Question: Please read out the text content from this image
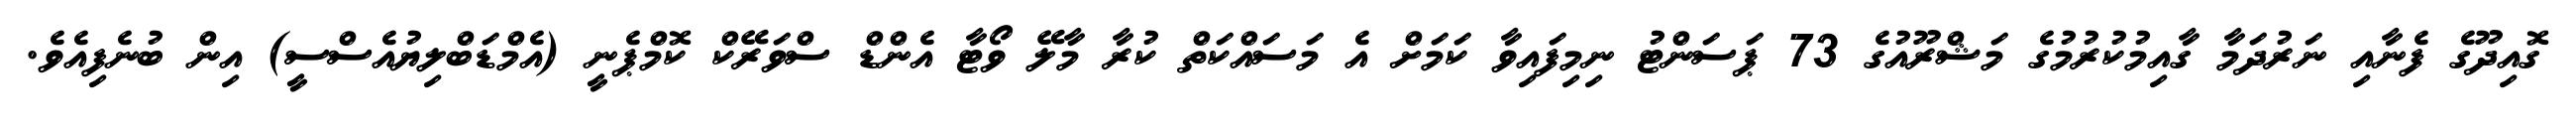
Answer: ގޮއިދޫގެ ފެނާއި ނަރުދަމާ ގާއިމުކުރުމުގެ މަޝްރޫއުގެ 73 ޕަސަންޓު ނިމިފައިވާ ކަމަށް އެ މަސައްކަތް ކުރާ މާލޭ ވޯޓާ އެންޑް ސްވަރޭކް ކޮމްޕެނީ (އެމްޑަބްލިޔުއެސްސީ) އިން ބުނެފިއެވެ.